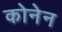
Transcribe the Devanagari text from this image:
कोनेन